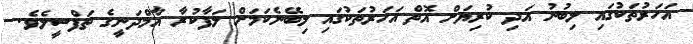
އަހަރުތަކުގައި ލިބުނު އަދި ކުރިޔަށް އޮތް އަހަރުތަކުގައި ލިބޭނެކަމަށް ލަފާކުރާ އާމްދަނީގެ ތަފްސީލެވެ.